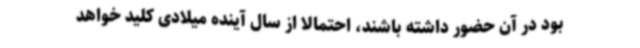
بود در آن حضور داشته باشند، احتمالا از سال آینده میلادی کلید خواهد